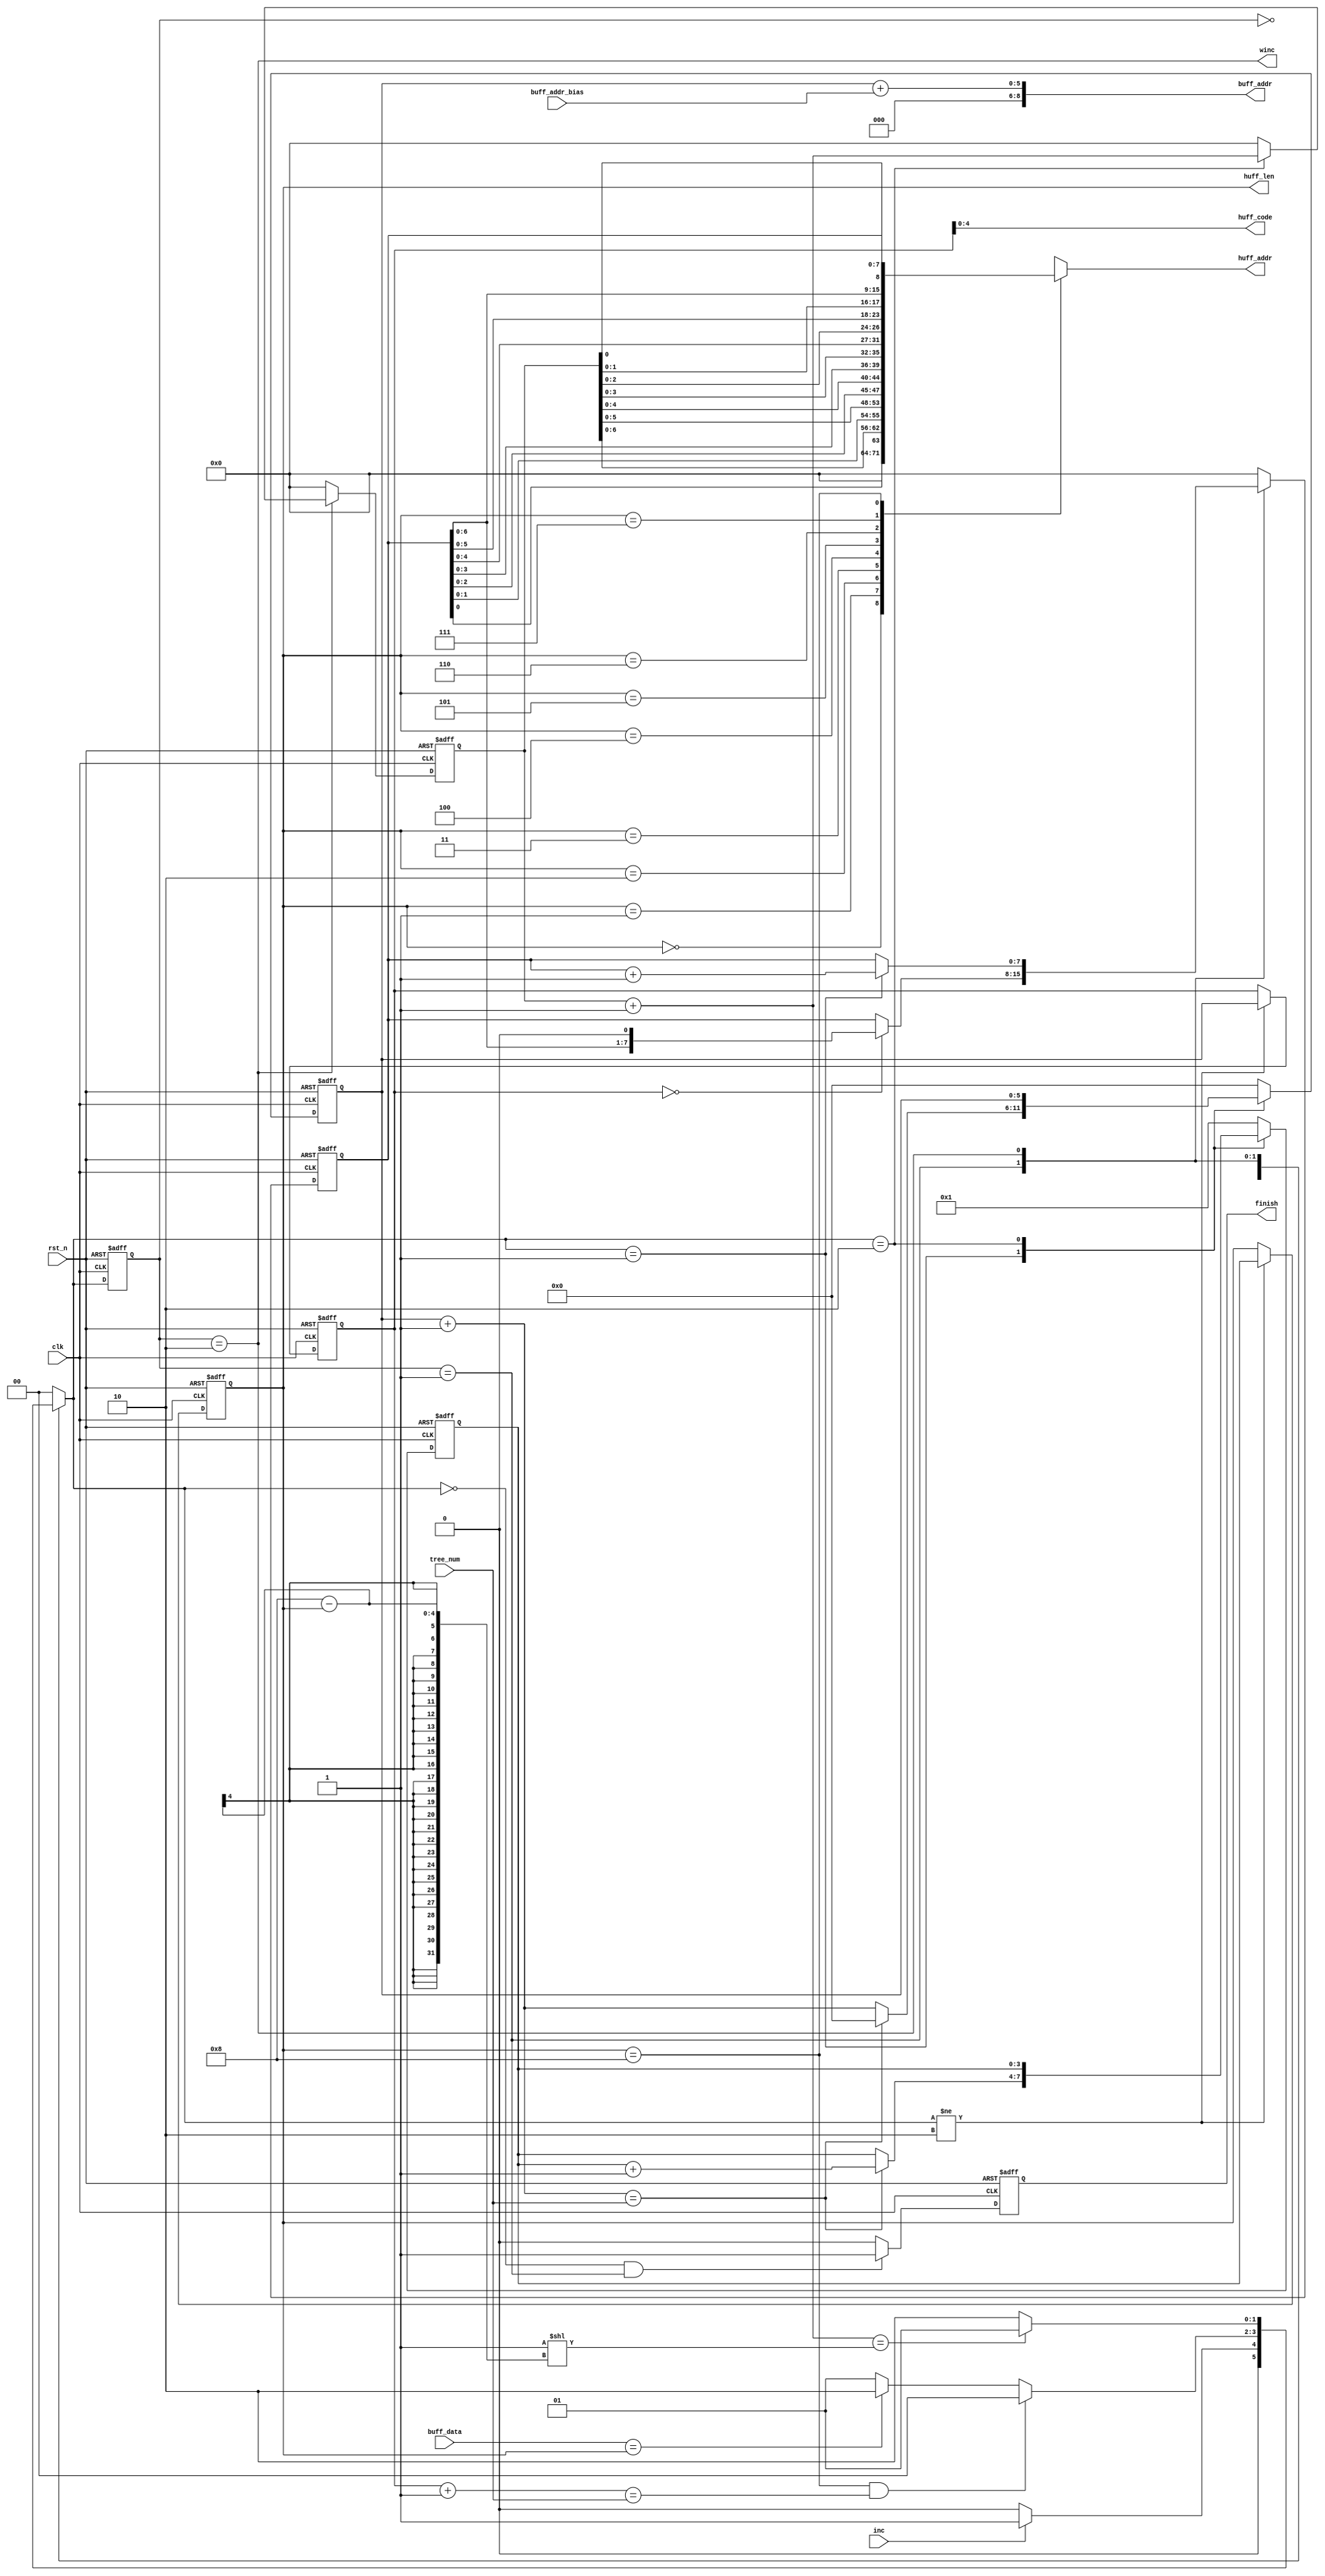
module hufftree_gen #(
    parameter HUFF_CODE_LEN = 8,
    parameter HUFF_LEN_LEN  = ceilLog2(HUFF_CODE_LEN + 1)
    )
    (
    input                      clk,
    input                      rst_n,
    input                      inc,
    input [5:0]                tree_num,
    input [4:0]                buff_data,
    input [5:0]                buff_addr_bias,
    output [8:0]               buff_addr,
    output [4:0]               huff_code,
    output [HUFF_CODE_LEN-1:0] huff_addr,
    output [HUFF_LEN_LEN-1:0]  huff_len,
    output                     winc,
    output reg                 finish
    );

    // ceilLog2 function
    function integer ceilLog2 (input integer n);
    begin:CEILOG2
        integer m;
        m                     = n - 1;
        for (ceilLog2 = 0; m > 0; ceilLog2 = ceilLog2 + 1)
        m                     = m >> 1;
    end
    endfunction

    localparam IDLE                     = 2'b00;
    localparam MATCH                    = 2'b01;
    localparam WRITE                    = 2'b10;

    reg [1:0]               state,nxt_state;
    reg [5:0]               buff_addr_cnt;
    reg [HUFF_LEN_LEN-1:0]  code_len_cnt;
    reg [HUFF_CODE_LEN-1:0] code;
    reg [5:0]               reg_buff_addr_cnt;
    reg [HUFF_LEN_LEN-1:0]  reg_code_len_cnt;
    reg [HUFF_CODE_LEN-1:0] huff_addr_write;
    wire [5:0]              buff_addr_cnt_plus;
    wire [5:0]              reg_buff_addr_cnt_plus;

    assign buff_addr_cnt_plus     = buff_addr_cnt + 1'b1;
    assign reg_buff_addr_cnt_plus = reg_buff_addr_cnt + 1'b1;

    always @(posedge clk or negedge rst_n)begin
        if(rst_n == 1'b0)begin
            state <= IDLE;
        end
        else begin
            state <= nxt_state;
        end
    end

    always @* begin
        nxt_state = IDLE;
        case(state)
            IDLE:begin
                nxt_state = inc ? MATCH : IDLE;
            end
            MATCH:begin
                nxt_state = ((reg_code_len_cnt == HUFF_CODE_LEN) & (reg_buff_addr_cnt_plus == tree_num)) ? IDLE : ((buff_data == reg_code_len_cnt) ? WRITE : MATCH);
            end
            WRITE:begin
                nxt_state = ((huff_addr_write + 1'b1) == (1'b1 << (8 - reg_code_len_cnt))) ? MATCH : WRITE;
            end
        endcase
    end

    always @(posedge clk or negedge rst_n) begin
        if(rst_n == 1'b0)begin
            finish <= 1'b0;
        end
        else begin
            if((nxt_state == IDLE) && (state == MATCH))begin
                finish <= 1'b1;
            end
            else begin
                finish <= 1'b0;
            end
        end
    end

    always @(posedge clk or negedge rst_n)begin
        if(rst_n == 1'b0)begin
            buff_addr_cnt <= 6'b0;
        end
        else begin
            case(nxt_state)
                IDLE: buff_addr_cnt <= 6'b0;
                MATCH:begin
                    if(buff_addr_cnt_plus == tree_num)begin
                        buff_addr_cnt <= 6'b0; 
                    end
                    else begin
                        buff_addr_cnt <= buff_addr_cnt + 1'b1;
                    end
                end
                WRITE: buff_addr_cnt <= buff_addr_cnt;
                default: buff_addr_cnt <= 6'b0;
            endcase
        end
    end

    always @(posedge clk or negedge rst_n)begin
        if(rst_n == 1'b0)begin
            code_len_cnt <= 1;
        end
        else begin
            case(nxt_state)
                IDLE: code_len_cnt <= 1;
                MATCH:begin
                    if(buff_addr_cnt_plus == tree_num)begin
                        code_len_cnt <= code_len_cnt + 1'b1; 
                    end
                    else begin
                        code_len_cnt <= code_len_cnt;
                    end
                end
                WRITE: code_len_cnt <= code_len_cnt;
                default: code_len_cnt <= 1;
            endcase
        end
    end

    always @(posedge clk or negedge rst_n)begin
        if(rst_n == 1'b0)begin
            code <= 0;
        end
        else begin
            case(state)
                IDLE: code <= 0;
                MATCH:begin
                    if(reg_buff_addr_cnt == 0)begin
                        code <= code << 1;
                    end
                    else begin
                        code <= code;
                    end
                end
                WRITE:begin
                    if(nxt_state == MATCH)begin
                        code <= code + 1'b1;
                    end
                    else begin
                        code <= code;
                    end
                end
                default: code <= 0;
            endcase
        end
    end

    always @(posedge clk or negedge rst_n)begin
        if(rst_n == 1'b0)begin
            reg_buff_addr_cnt <= 0;
        end
        else begin
            if(nxt_state != WRITE)
                reg_buff_addr_cnt <= buff_addr_cnt;
            else
                reg_buff_addr_cnt <= reg_buff_addr_cnt;
        end
    end

    always @(posedge clk or negedge rst_n)begin
        if(rst_n == 1'b0)begin
            reg_code_len_cnt <= 0;
        end
        else begin
            if(nxt_state != WRITE)
                reg_code_len_cnt <= code_len_cnt;
            else
                reg_code_len_cnt <= reg_code_len_cnt;
        end
    end

    always @(posedge clk or negedge rst_n)begin
        if(rst_n == 1'b0)begin
            huff_addr_write <= 0;
        end
        else begin
            case(state)
                IDLE: huff_addr_write <= 0;
                MATCH: huff_addr_write <= 0;
                WRITE:begin
                    if(nxt_state == WRITE)begin
                        huff_addr_write <= huff_addr_write + 1'b1;
                    end
                    else begin
                        huff_addr_write <= 0;
                    end
                end
                default: huff_addr_write <= 0;
            endcase
        end
    end

    wire[HUFF_CODE_LEN-1:0] huff_addr_arry[HUFF_CODE_LEN:0];

    assign buff_addr = {3'b0,buff_addr_cnt + buff_addr_bias};
    assign huff_code = reg_buff_addr_cnt[4:0];
    assign huff_addr = huff_addr_arry[reg_code_len_cnt];
    assign huff_len  = reg_code_len_cnt;
    assign winc      = state == WRITE;

    genvar i;
    generate
        for(i=0;i<=HUFF_CODE_LEN;i=i+1)begin
            if(i == 0)begin
                assign huff_addr_arry[i] = 0;
            end
            else if(i>0 && i<HUFF_CODE_LEN)begin
                assign huff_addr_arry[i] = {code[i-1:0],huff_addr_write[HUFF_CODE_LEN-i-1:0]};
            end
            else if(i == HUFF_CODE_LEN)begin
                assign huff_addr_arry[i] = code;
            end
        end
    endgenerate


endmodule